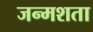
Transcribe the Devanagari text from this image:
जन्मशता